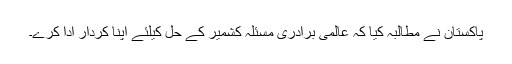
پاکستان نے مطالبہ کیا کہ عالمی برادری مسئلہ کشمیر کے حل کیلئے اپنا کردار ادا کرے۔